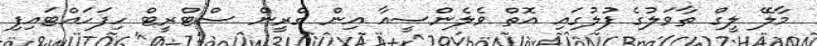
މާލޭ ލީގް ތާވަލުގެ ފުލުގައި އޮތް ވެލެންސީއާ އިން ގްރީން ސްޓްރީޓް ހިފަހައްޓައިފި